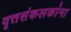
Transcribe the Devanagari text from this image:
वृत्तसंकलकांना